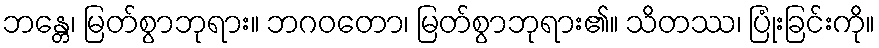
ဘန္တေ၊ မြတ်စွာဘုရား။ ဘဂဝတော၊ မြတ်စွာဘုရား၏။ သိတဿ၊ ပြုံးခြင်းကို။